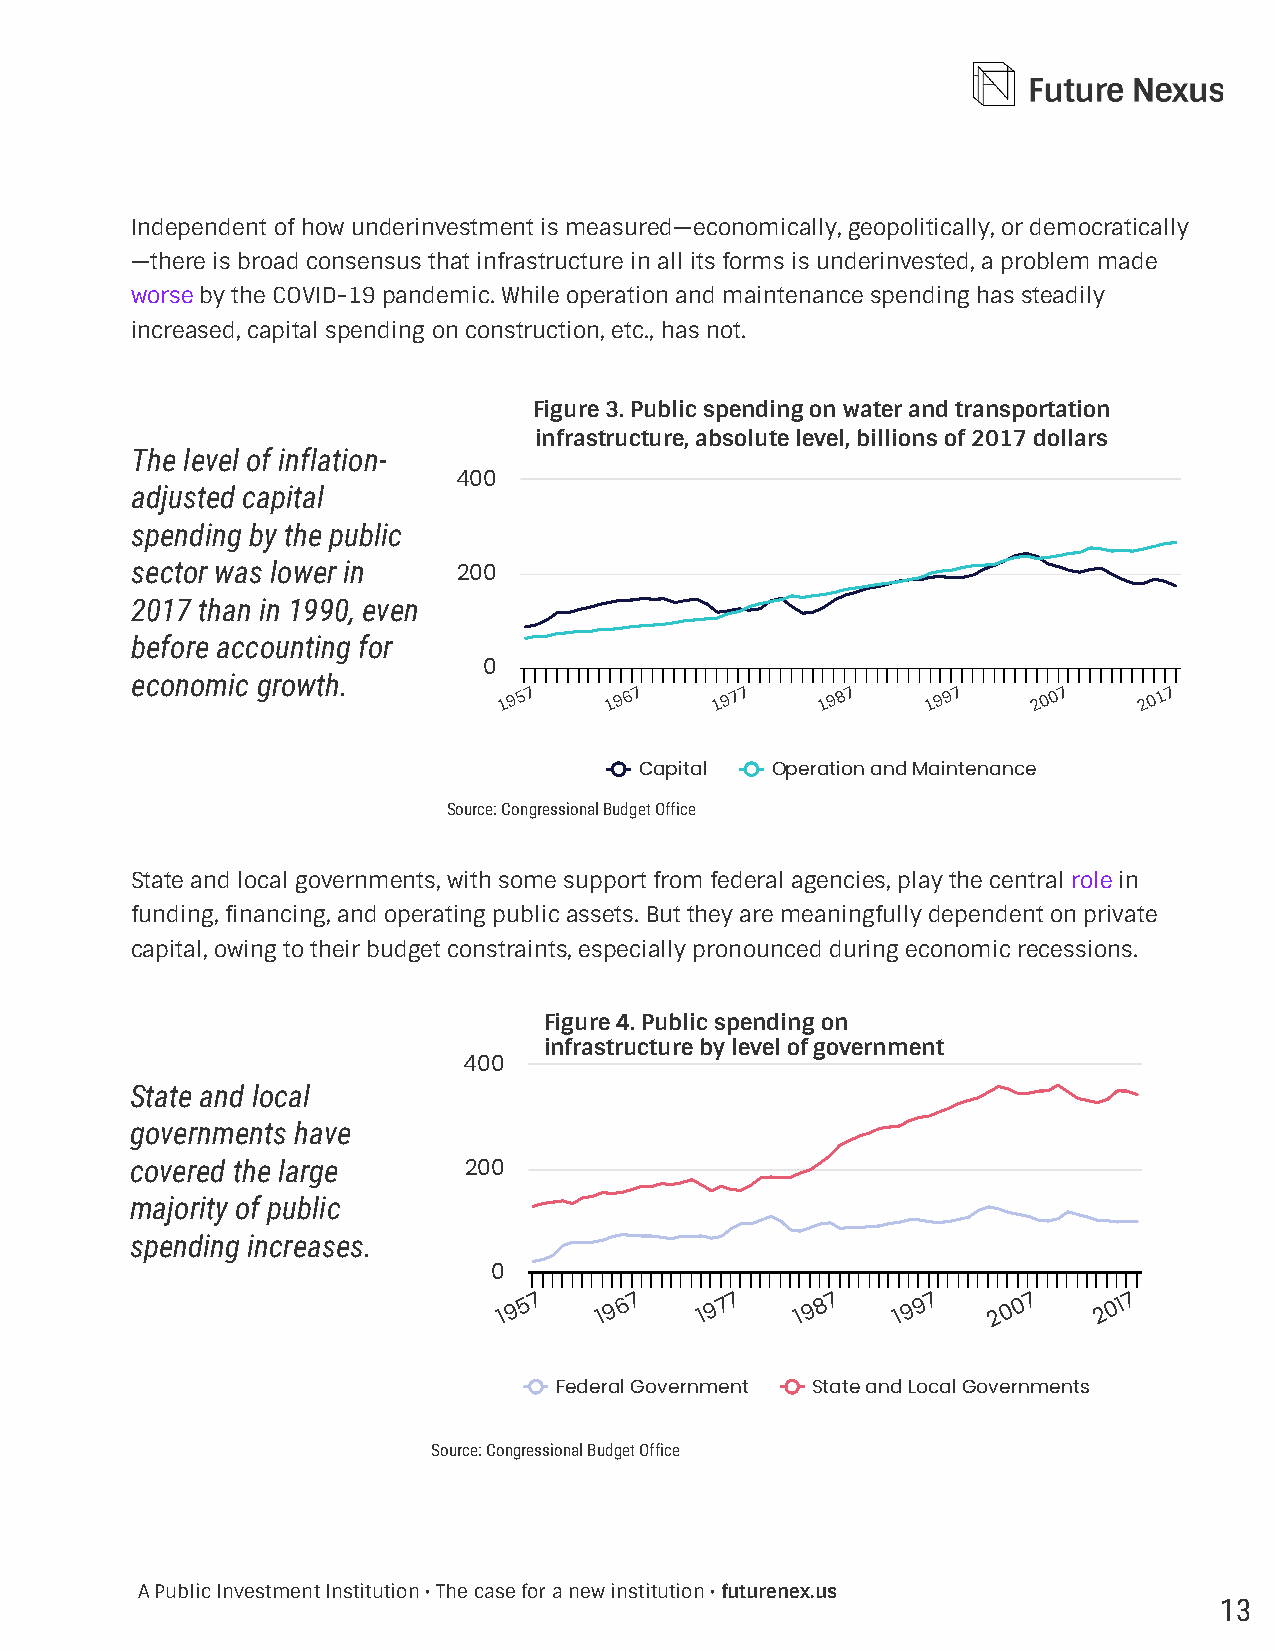
Independent of how underinvestment is measured—economically, geopolitically, or democratically
 —there is broad consensus that infrastructure in all its forms is underinvested, a problem made
 worse by the COVID-19 pandemic. While operation and maintenance spending has steadily
 increased, capital spending on construction, etc., has not.
 Figure 3. Public spending on water and transportation
 infrastructure, absolute level, billions of 2017 dollars
 The level of inflation-
 400
 adjusted capital
 spending by the public
 sector was lower in
 200
 2017 than in 1990, even
 before accounting for
 0
 economic growth.
 1 9 5 7 1 9 6 7 1 9 7 7 1 9 8 7 1 9 9 7 2 0 0 7 2 0 1 7
 Capital  Operation and Maintenance
 Source: Congressional Budget Office
 State and local governments, with some support from federal agencies, play the central role in
 funding, financing, and operating public assets. But they are meaningfully dependent on private
 capital, owing to their budget constraints, especially pronounced during economic recessions.
 Figure 4. Public spending on
 infrastructure by level of government
 400
 State and local
 governments have
 covered the large
 200
 majority of public
 spending increases.
 0
 1 9 5 7 1 9 6 7 1 9 7 7 1 9 8 7 1 9 9 7 2 0 0 7 2 0 1 7
 Federal Government State and Local Governments
 Source: Congressional Budget Office
 A Public Investment Institution • The case for a new institution • futurenex.us
 13